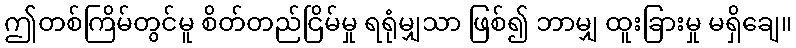
ဤတစ်ကြိမ်တွင်မူ စိတ်တည်ငြိမ်မှု ရရုံမျှသာ ဖြစ်၍ ဘာမျှ ထူးခြားမှု မရှိချေ။